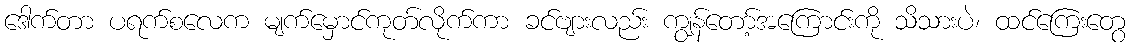
ဒေါက်တာ ပရက်စလေက မျက်မှောင်ကုတ်လိုက်ကာ ခင်ဗျားလည်း ကျွန်တော့်အကြောင်းကို သိသားပဲ၊ ထင်ကြေးတွေ